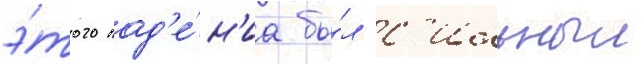
э́того пад'е́н'иа бы́л с'ильныи